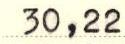
30,22